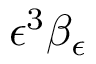
\epsilon ^ { 3 } \beta _ { \epsilon }